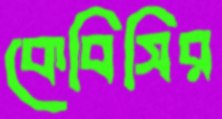
কেবিসির